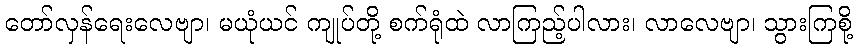
တော်လှန်ရေးလေဗျာ၊ မယုံယင် ကျုပ်တို့ စက်ရုံထဲ လာကြည့်ပါလား၊ လာလေဗျာ၊ သွားကြစို့